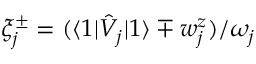
\xi _ { j } ^ { \pm } = ( \langle 1 | \hat { V } _ { j } | 1 \rangle \mp w _ { j } ^ { z } ) / \omega _ { j }